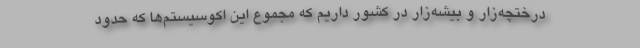
درختچه‌زار و بیشه‌زار در کشور داریم که مجموع این اکوسیستم‌ها که حدود